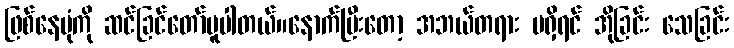
ဖြစ်နေပုံကို ဆင်ခြင်တော်မူပါတယ်။နောက်ပြီးတော့ အဘယ်တရား မရှိရင် အိုခြင်း သေခြင်း